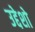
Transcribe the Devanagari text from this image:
उद्देशो